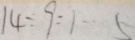
1 4 \div 9 = 1 \cdots 5